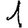
Digit: 1